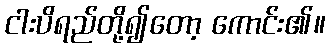
ငါးပိရည်တို့၍တော့ ကောင်း၏။